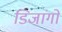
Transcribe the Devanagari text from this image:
डिजांगो